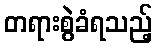
တရားစွဲခံရသည့်